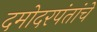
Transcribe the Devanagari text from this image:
दमोदरपंतांचे